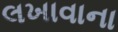
લખાવાના